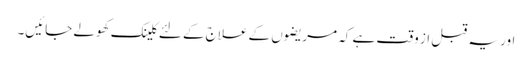
اور یہ قبل از وقت ہے کہ مریضوں کے علاج کے لئے کلینک کھولے جائیں۔